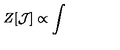
Z [ \mathcal { J } ] \propto \int